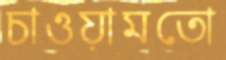
চাওয়ামতো